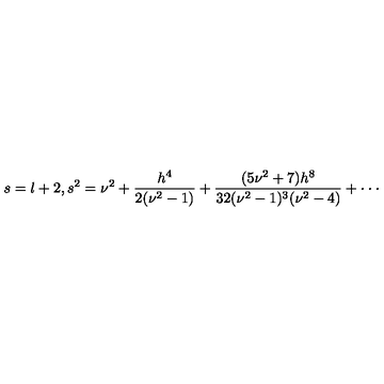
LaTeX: s = l + 2 , s ^ { 2 } = \nu ^ { 2 } + \frac { h ^ { 4 } } { 2 ( \nu ^ { 2 } - 1 ) } + \frac { ( 5 \nu ^ { 2 } + 7 ) h ^ { 8 } } { 3 2 ( \nu ^ { 2 } - 1 ) ^ { 3 } ( \nu ^ { 2 } - 4 ) } + \cdot \cdot \cdot